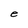
Character: e